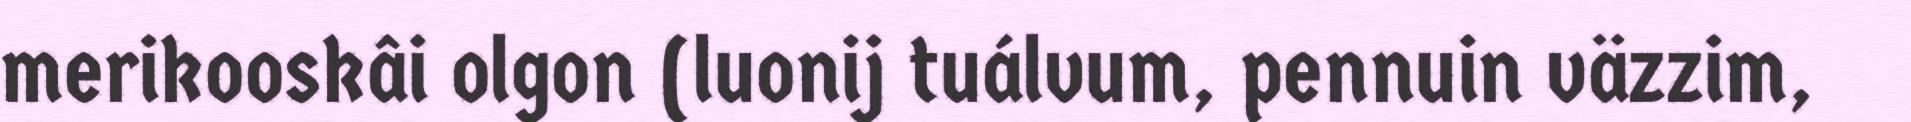
merikooskâi olgon (luonij tuálvum, pennuin väzzim,